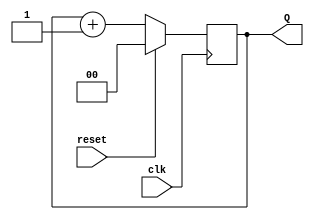
module two_bit_adder(input clk,reset,output [1:0]Q);


    reg [1:0] flop;

    always @(negedge clk) begin
        if(reset == 1'b1)
        begin
            flop <= 2'b00;
        end
        else begin
            flop <= flop + 2'b01;
        end
    end

    assign Q = flop;

endmodule